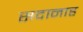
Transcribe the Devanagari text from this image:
सदानाह